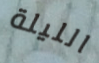
الليلة